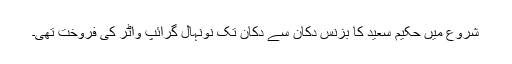
شروع میں حکیم سعید کا بزنس دکان سے دکان تک نونہال گرائپ واٹر کی فروخت تھی۔